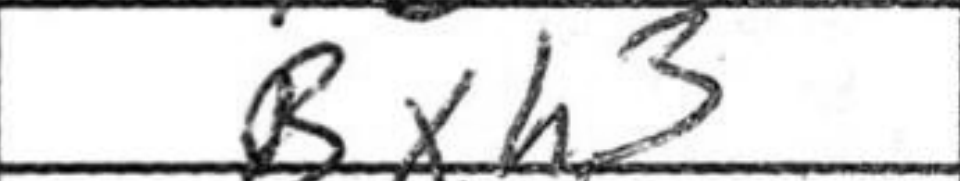
Transcription: Bxh3